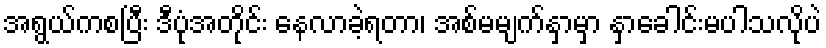
အရွယ်ကစပြီး ဒီပုံအတိုင်း နေလာခဲ့ရတာ၊ အစ်မမျက်နှာမှာ နှာခေါင်းမပါသလိုပဲ